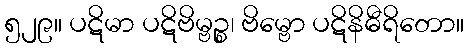
၅၂၉။ ပဋိမာ ပဋိဗိမ္ဗဉ္စ၊ ဗိမ္ဗော ပဋိနိဓီရိတော။